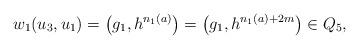
LaTeX: \begin{align*} w_1(u_3,u_1)=\left(g_1,h^{n_1(a)}\right)=\left(g_1,h^{n_1(a)+2m}\right)\in Q_5, \end{align*}